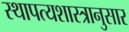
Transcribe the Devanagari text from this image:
स्थापत्यशास्त्रानुसार